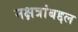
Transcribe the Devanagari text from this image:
नक्षत्रांबद्दल